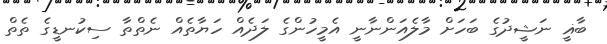
ބާޣީ ނަޝީދުގެ ބަހަށް މާލެއަންނާނީ އެމީހުންގެ ލަދެއް ހަޔާތެއް ނެތްތާ ސިކުނޑީގެ ތެތް